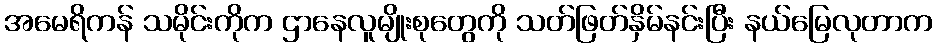
အမေရိကန် သမိုင်းကိုက ဌာနေလူမျိုးစုတွေကို သတ်ဖြတ်နှိမ်နင်းပြီး နယ်မြေလုတာက